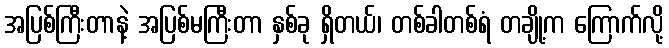
အပြစ်ကြီးတာနဲ့ အပြစ်မကြီးတာ နှစ်ခု ရှိတယ်၊ တစ်ခါတစ်ရံ တချို့က ကြောက်လို့